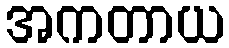
အကတာယ